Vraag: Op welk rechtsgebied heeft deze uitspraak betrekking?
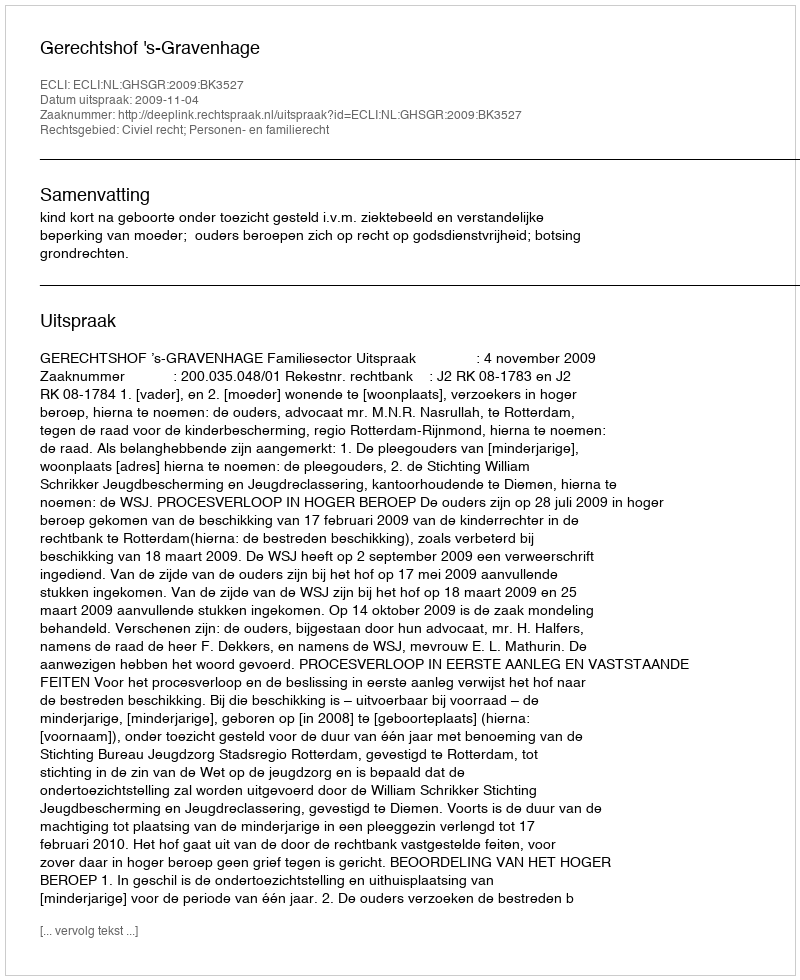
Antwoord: Civiel recht; Personen- en familierecht